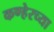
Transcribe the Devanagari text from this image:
कण्हेरच्या